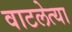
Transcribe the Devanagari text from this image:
वाटलेत्या